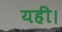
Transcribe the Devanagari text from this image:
यहीं।